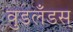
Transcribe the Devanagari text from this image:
वुडलँडस्